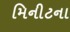
મિનીટના